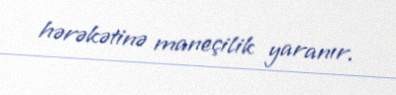
hərəkətinə maneçilik yaranır.